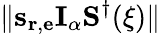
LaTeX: \| \mathbf{s}_{\mathbf{r},\mathbf{e}}\mathbf{I}_{\alpha}\mathbf{S}^{\dagger}(\mathbf{\xi})\|